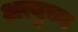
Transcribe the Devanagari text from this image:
अत्युच्य